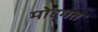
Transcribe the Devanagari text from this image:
मोहमत